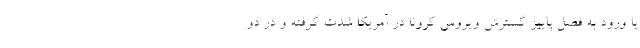
با ورود به فصل پاییز گسترش ویروس کرونا در آمریکا شدت گرفته و در دو